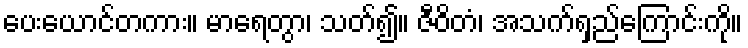
ပေးယောင်တကား။ မာရေတွာ၊ သတ်၍။ ဇီဝိတံ၊ အသက်ရှည်ကြောင်းကို။